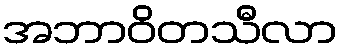
အဘာဝိတသီလာ